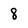
Character: 8